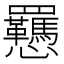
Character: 𫻥